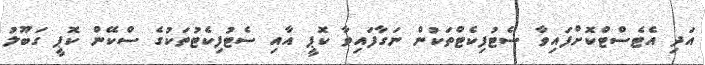
އަދި އެޓެސްޓްކޮށްފައިވާ ސެޓުފިކެޓްތަކުން ނަގާފައިވާ ކޮޕީ އާއި ސެޓުފިކެޓުތަކުގެ ސްކޭން ކޮޕީ ގަބޫލު